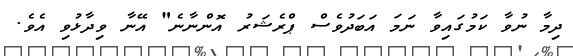
ދިމާ ނުވާ ކަމުގައިވާ ނަމަ އަބަދުވެސް ޕްރެޝަރު އޮންނާނެ" އޭނާ ވިދާޅުވި އެވެ.